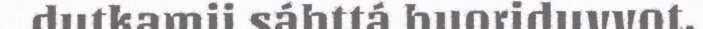
dutkamii sáhttá buoriduvvot.